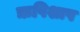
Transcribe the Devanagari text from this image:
ऋषिशाप